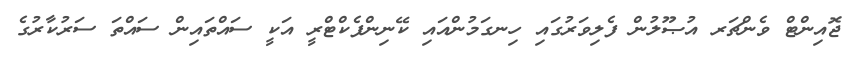
ޖޮއިންޓް ވެންޗަރ އުޞޫލުން ފެލިވަރުގައި ހިނގަމުންއައި ކޭނިންފެކްޓްރީ އަކީ ސައްތައިން ސައްތަ ސަރުކާރުގެ